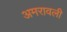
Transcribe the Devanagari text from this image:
अमरावली